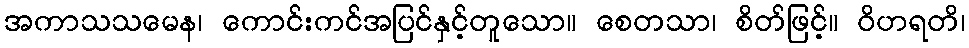
အကာသသမေန၊ ကောင်းကင်အပြင်နှင့်တူသော။ စေတသာ၊ စိတ်ဖြင့်။ ဝိဟရတိ၊